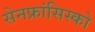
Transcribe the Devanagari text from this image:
सेनफ्रांसिस्को